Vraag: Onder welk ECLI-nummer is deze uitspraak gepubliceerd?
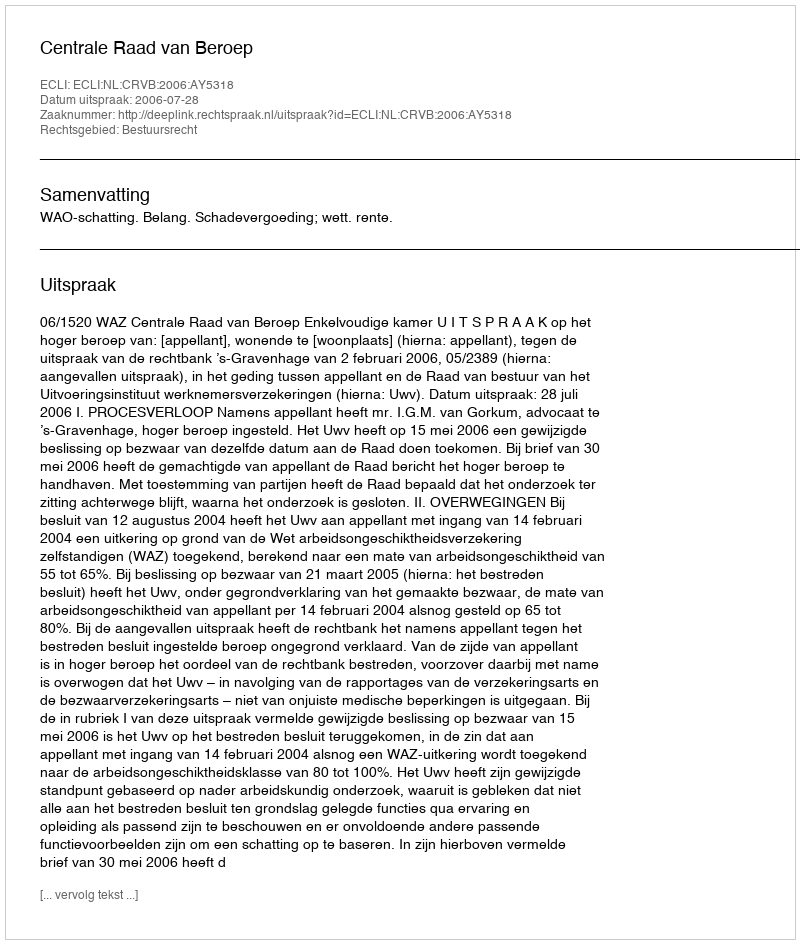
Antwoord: ECLI:NL:CRVB:2006:AY5318